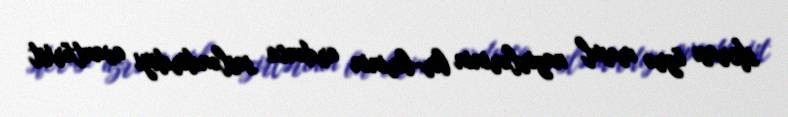
sferası üzrə məsul nazirlərinin bir-birinin ardınca səsləndirdiyi avantürist